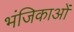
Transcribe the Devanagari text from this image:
भंजिकाओं